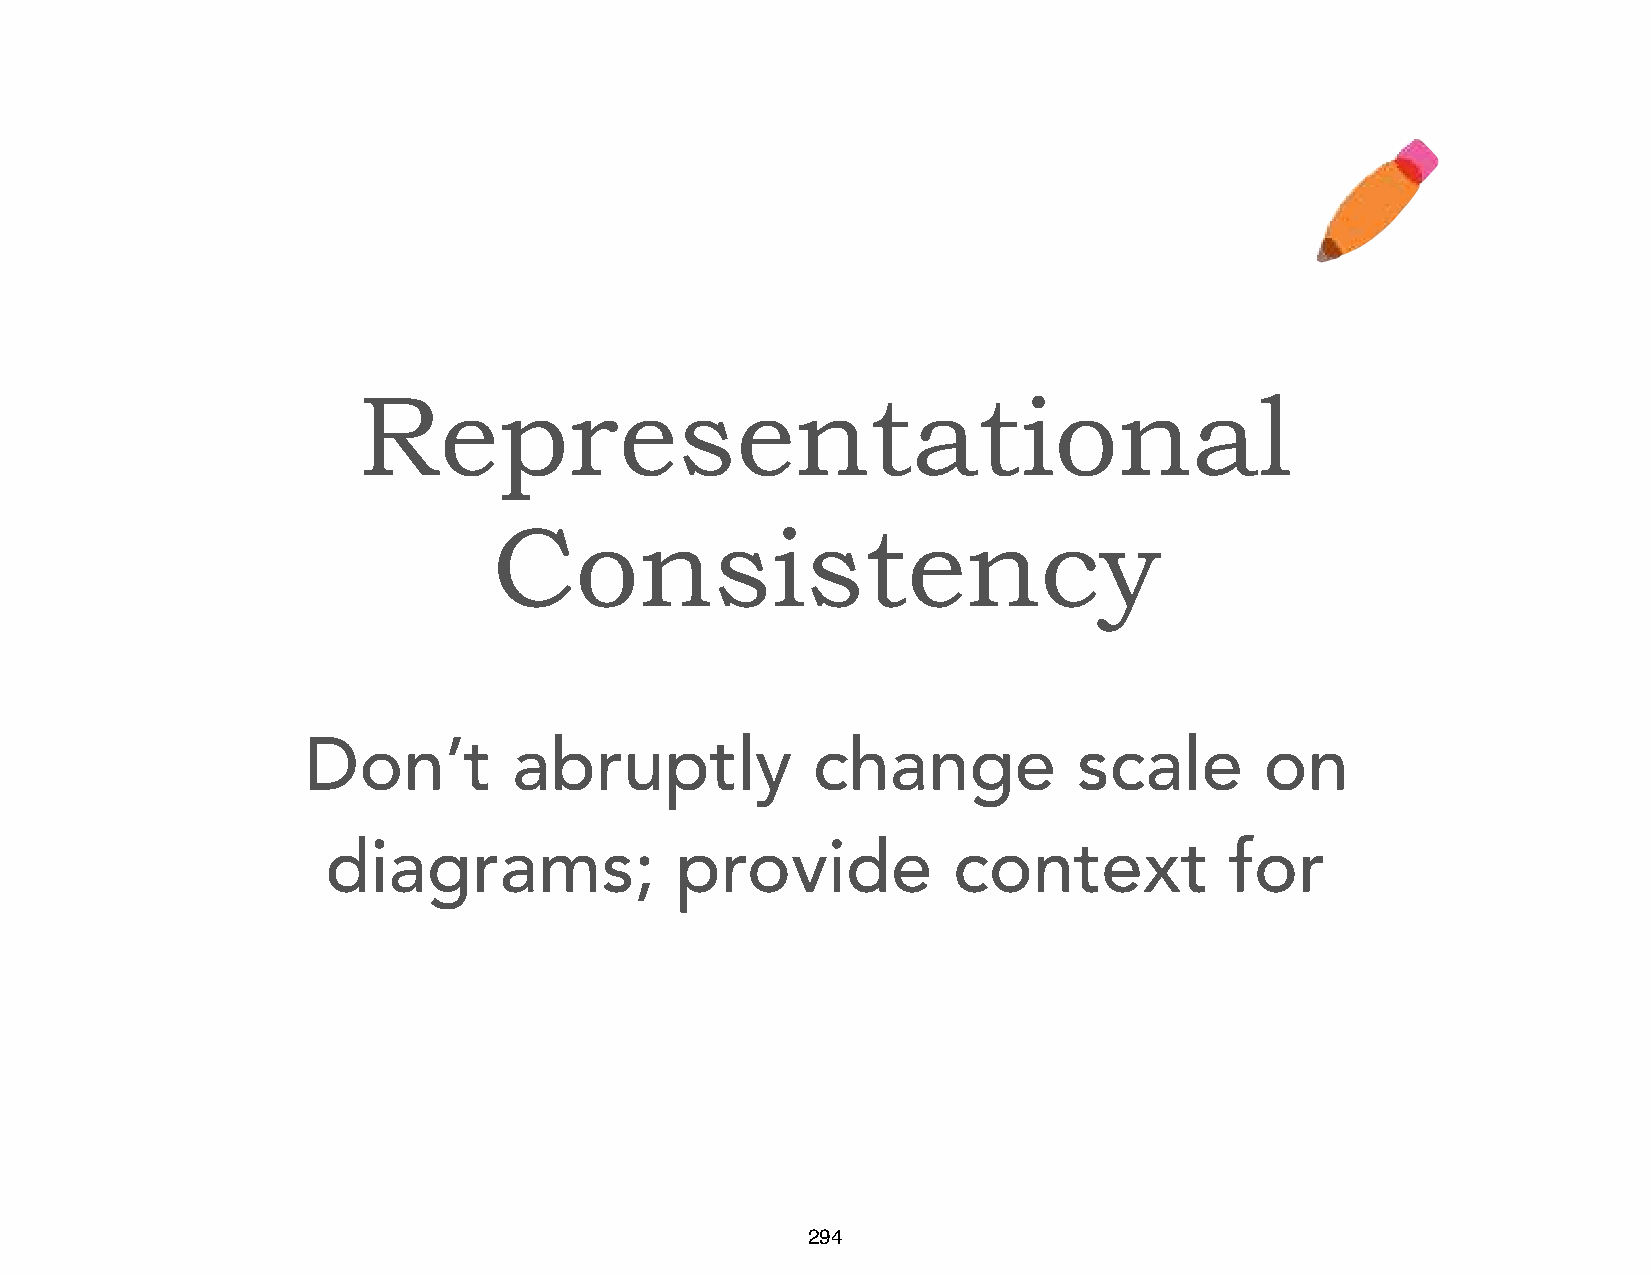
Representational
 Consistency
 Don’t         abruptly            change           scale        on
 diagrams;              provide           context           for
 294